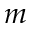
m